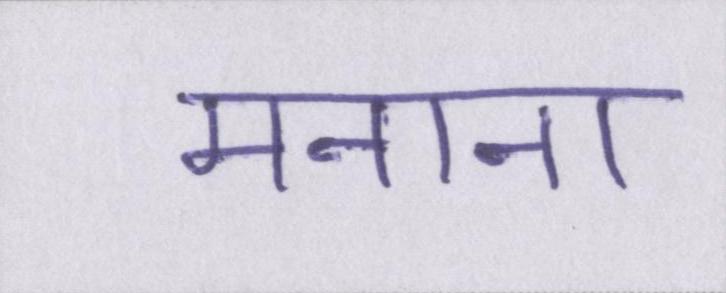
मनाना